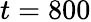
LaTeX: t=800